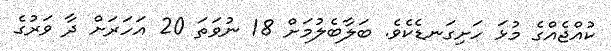
ކުއްޖެއްގެ މުޅަ ހަށިގަނޑެކެވެ. ބަލާބެލުމަށް 18 ނުވަތަ 20 އަހަރަށް ދާ ވަރުގެ